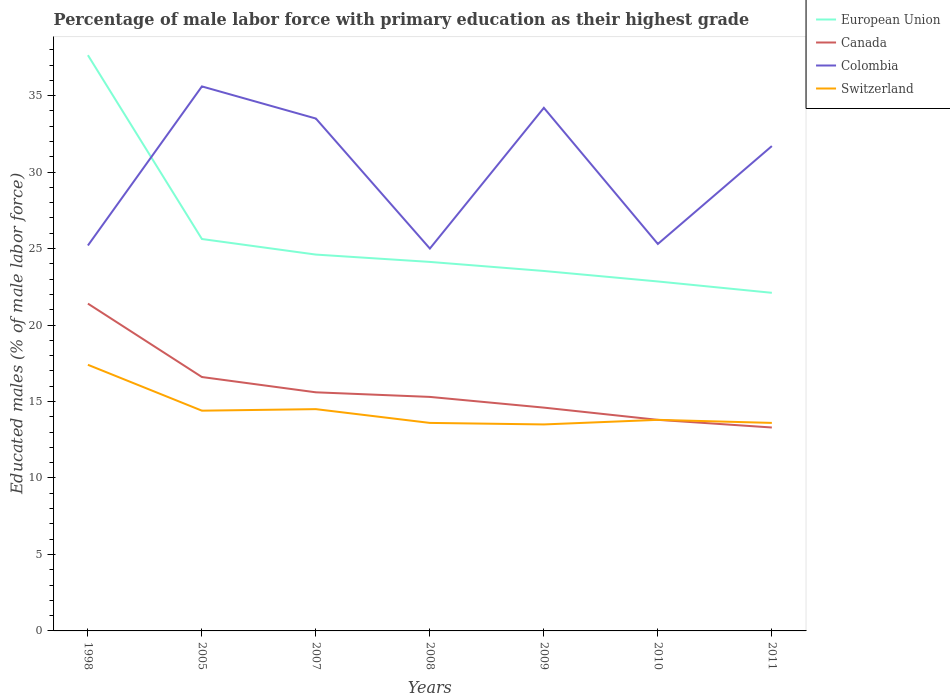
| Years | European Union | Canada | Colombia | Switzerland |
 | --- | --- | --- | --- | --- |
 | 1998 | 37.6 | 21.4 | 25.2 | 17.4 |
 | 2005 | 25.6 | 16.6 | 35.6 | 14.4 |
 | 2007 | 24.6 | 15.6 | 33.5 | 14.5 |
 | 2008 | 24.1 | 15.3 | 25 | 13.6 |
 | 2009 | 23.5 | 14.6 | 34.2 | 13.5 |
 | 2010 | 22.8 | 13.8 | 25.3 | 13.8 |
 | 2011 | 22.1 | 13.3 | 31.7 | 13.6 |